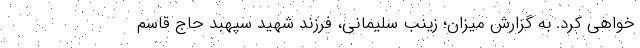
خواهی کرد. به گزارش میزان؛ زینب سلیمانی، فرزند شهید سپهبد حاج قاسم